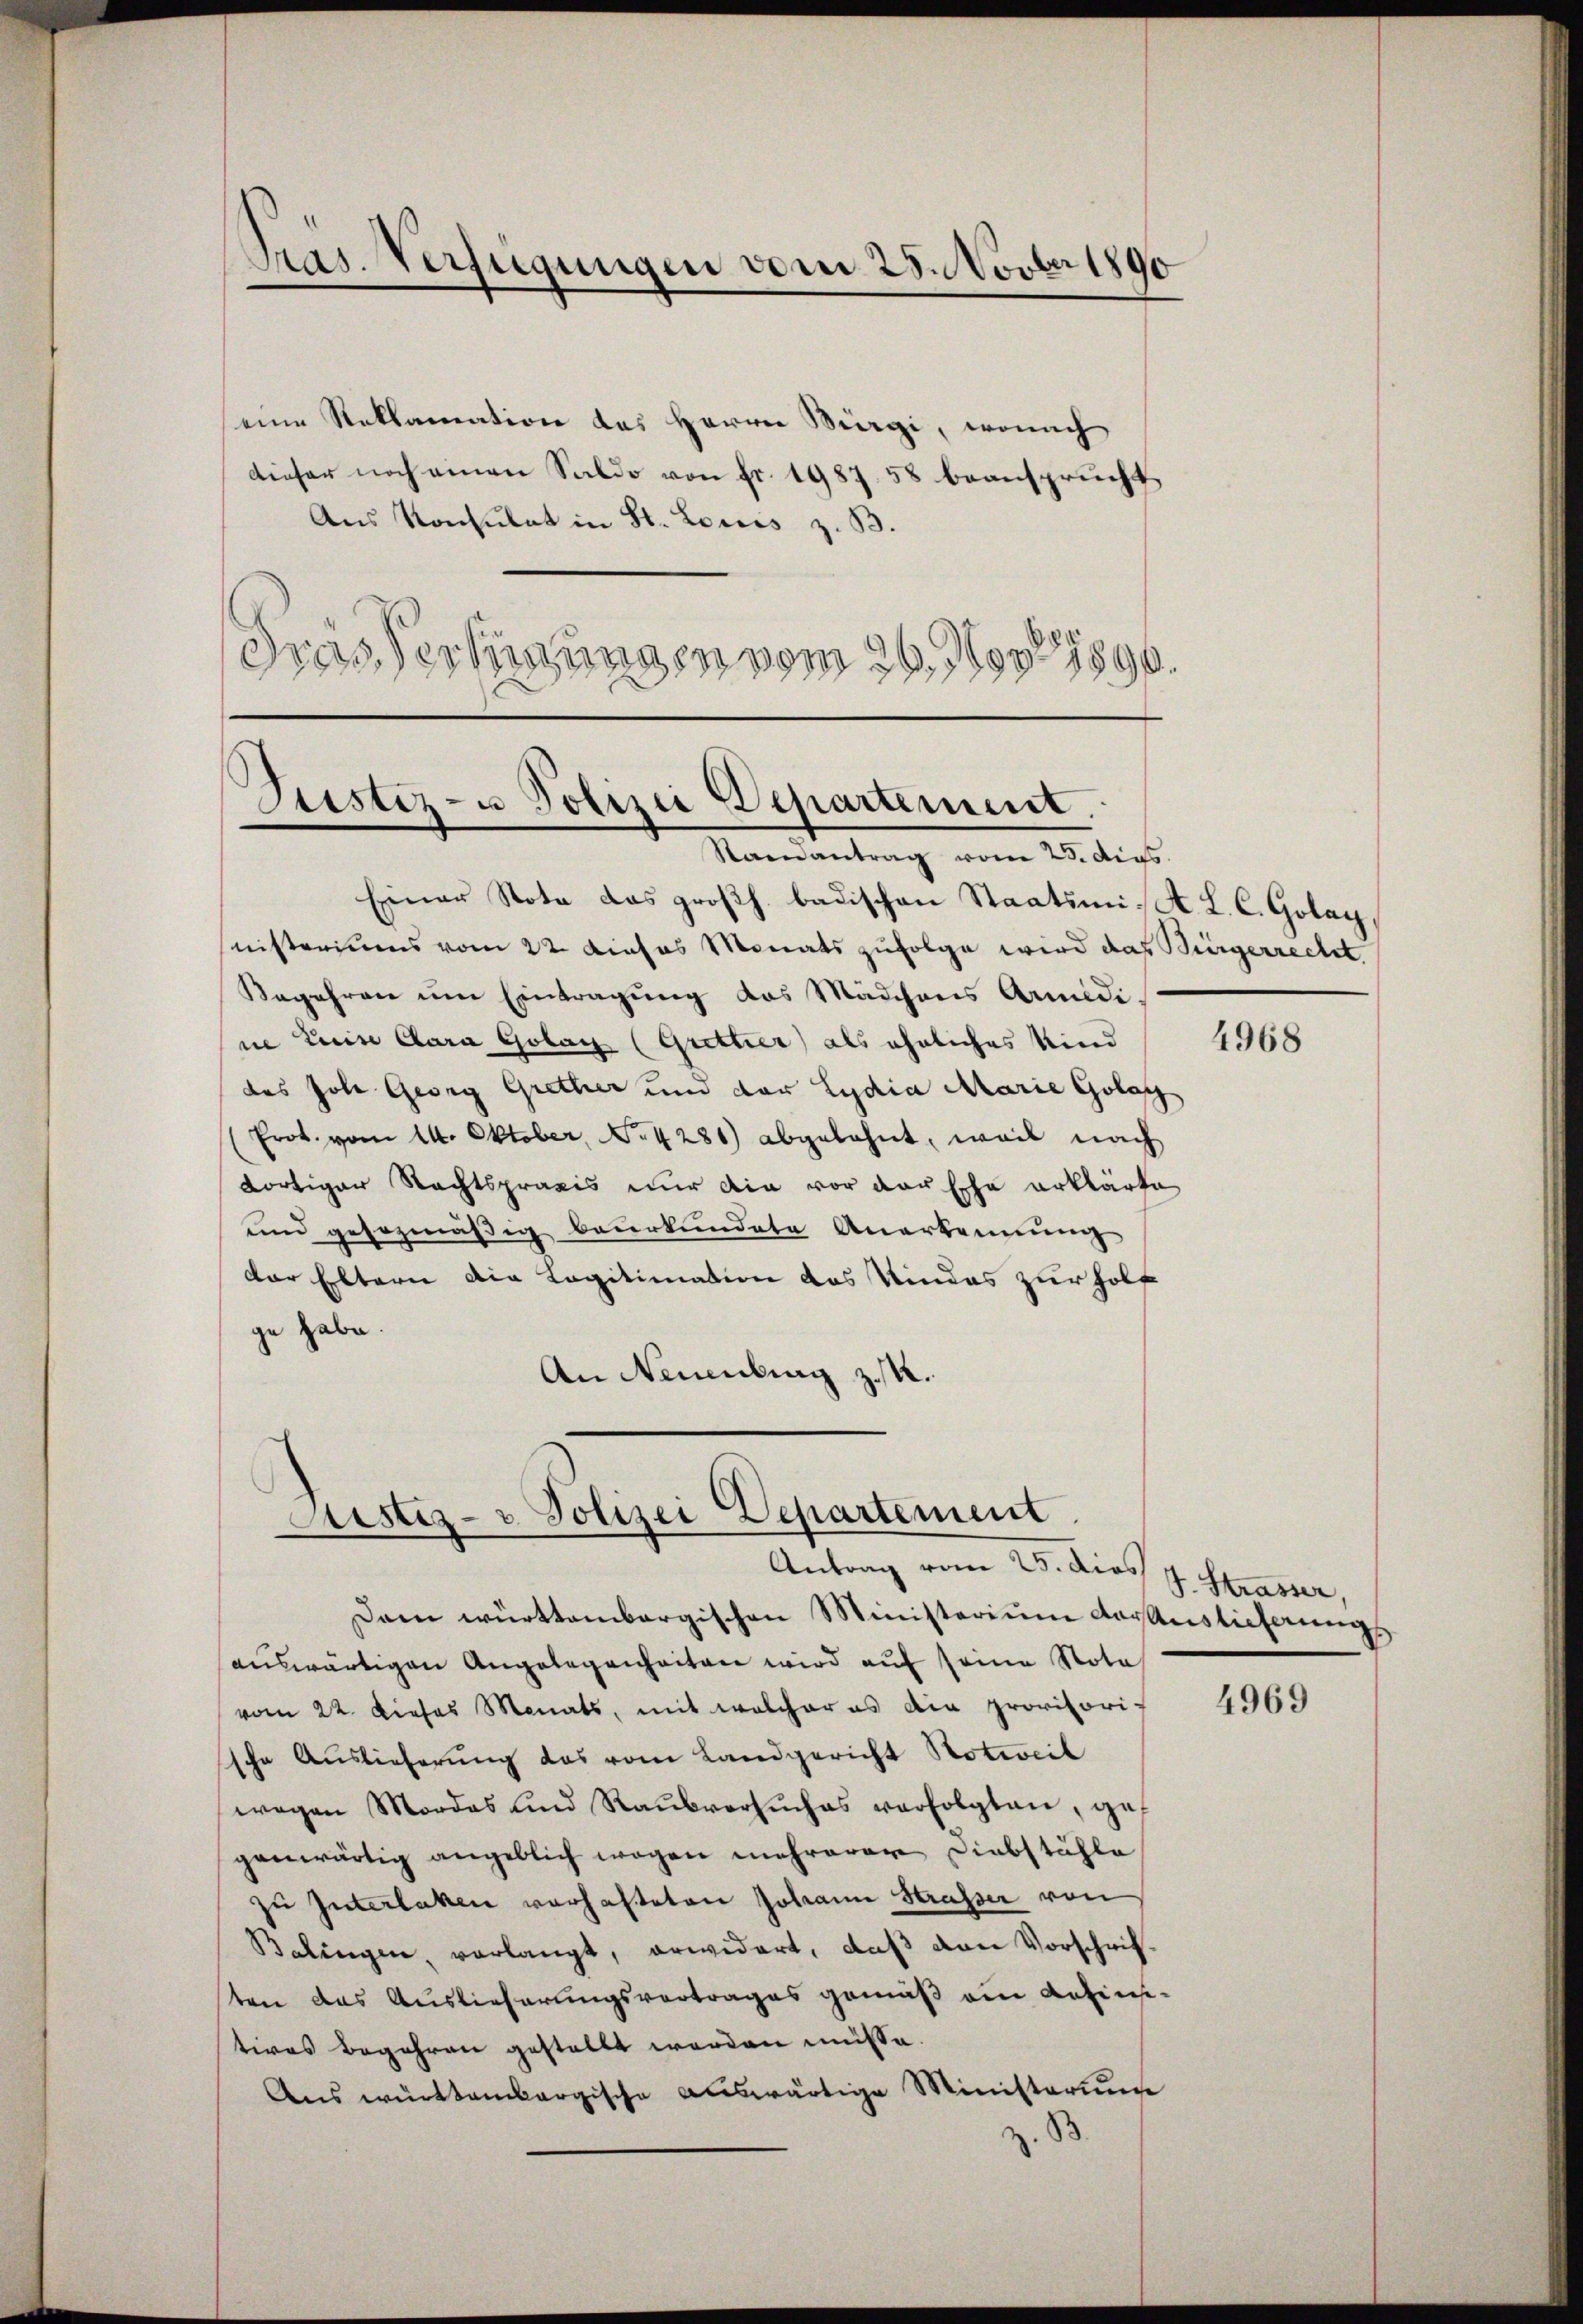
Pras. Verfügungen vom 25. Novber 1890

eine Reklamation des Herrn Bürgi, wonach
dieser noch einen Saldo von fr. 1987. 58 beansprucht,
Aus Konsulat in St. Louis z. B.
Gras Verfügungen vom 26. Nov. 1890.

Justiz- u Polizei Departement.
Staenantrag vom 23. dens.

Justiz- u Polizei Departement
Antrag vom 25. dies 4. Strasser,

Dann württembergischen Ministerium darauslieferungs
auswärtigen Angelegenheiten wird auf seine Nota
vom 22. Dieses Monats, mit welcher es die provisori-
sche Auslieferung das vom Landgericht Notweil
wegen Mordes und Raŭbversuches verfolgten, gegenwärtig angeblich wegen mehrerer Diebstähle
zu Interlaken verhafteten Johann Strasser von
Balingen, verlangt, erwidert, daß von Vorschriften das Auslieferungsvertrages gemäß ein Ansinsetives Begehren gestellt worden müsse.
Aus württembergische auswärtige Ministerung
.

Einer Nota das großh. badischen Staatsmis. L. C. Golay
nisteriums vom 22 dieses Monats zufolge wird das Bürgerrecht.
Begehren um Eintragung das Mädchens Armidi.
ne Luise Clara Gobay (Grettier) als ähnliches Kind 4368
des Joh. Georg Grether und der Lydia Marie Golosch
Erot. vom 14. Oktober, No. 4281) abgelehnt, weil nach
fortiger Rechtspraxis nur die vor der Esche erklärte
und gesezmäßig beurkundete Anerkennung
der Eltern die Legitimation das Kindes zur holf
ge habe.
An Neuenburg z. R.

4969